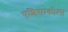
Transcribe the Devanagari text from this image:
एशिसाकोत्स